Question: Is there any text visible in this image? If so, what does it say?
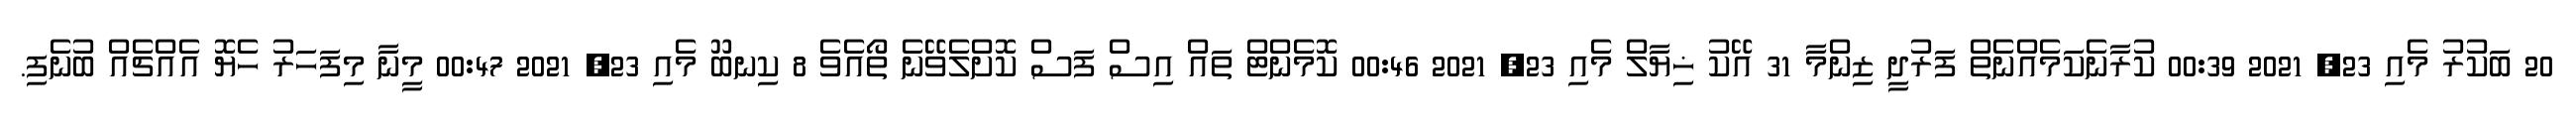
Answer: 20 ބަކުރު މެއި 23, 2021 00:39 ކުރާނެކަމެއްނެތް ފަރުދީ ޒިންމާ 31 އޭކު ޚިޔާލް މެއި 23, 2021 00:46 ކޮމެންޓް ތައް އިސް ފަސް ކޮށްލެވޭނެ ތޯއެވެ 8 ކިނބޫ މެއި 23, 2021 00:47 މީނާ މިފަހަރު ހެޔޮ އެއްޗެއް ބުނެފި.